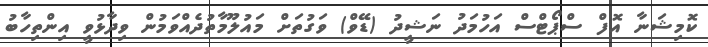
ކޮމިޝަނާ އޮފް ސްޕޯޓްސް އަހުމަދު ނަޝީދު (ޑޭވް) ވަގުތަށް މައުލޫމާތުދެއްވަމުން ވިދާޅުވީ އިންތިހާބު